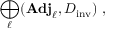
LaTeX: \bigoplus _ { \ell } ( { \bf A d j } _ { \ell } , D _ { \mathrm { i n v } } ) ~ ,